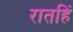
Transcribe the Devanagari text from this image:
रातहिं